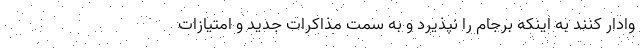
وادار کنند به اینکه برجام را نپذیرد و به سمت مذاکرات جدید و امتیازات